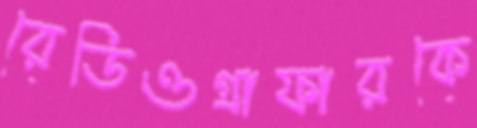
রেডিওগ্রাফারকে